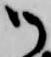
御